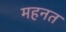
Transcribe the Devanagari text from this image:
महनत